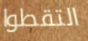
التقطوا